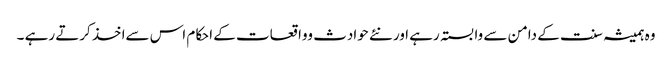
وہ ہمیشہ سنت کے دامن سے وابستہ رہے اور نئے حوادث وواقعات کے احکام اس سےاخذ کرتے رہے ۔